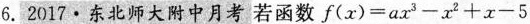
6.2017·东北师大附中月考若函数$$f ( x ) = a x ^ { 3 } - x ^ { 2 } + x - 5$$